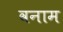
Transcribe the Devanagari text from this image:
वनाम